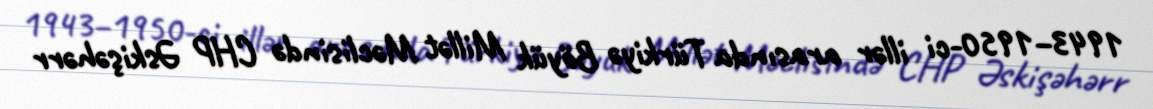
1943–1950-ci illər arasında Türkiyə Böyük Millət Məclisində CHP Əskişəhərr